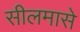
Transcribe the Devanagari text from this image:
सीलमासे